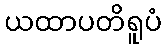
ယထာပတိရူပံ